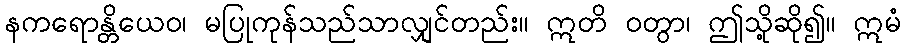
နကရောန္တိယေဝ၊ မပြုကုန်သည်သာလျှင်တည်း။ ဣတိ ဝတွာ၊ ဤသို့ဆို၍။ ဣမံ